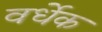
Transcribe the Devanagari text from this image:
वर्धेक